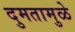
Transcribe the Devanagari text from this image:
दुमतामुळे